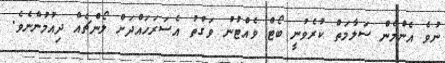
ނުވެ އެންމެން ސަލާމަތް ކުރެވުނީ ބޯޓް ވެއްޓުނު ވަގުތު އެސަރަހައްދަށް ލޯންޗެއް ދިއުމުންނެވެ.